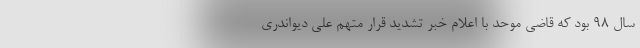
سال 98 بود که قاضی موحد با اعلام خبر تشدید قرار متهم علی دیواندری